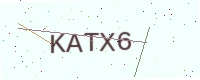
Text: KATX6